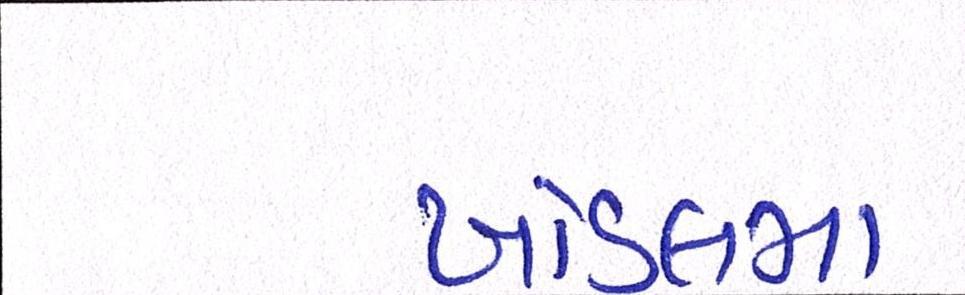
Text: ખોડલમા